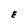
Character: E